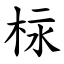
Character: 柡